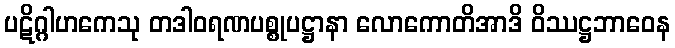
ပဋိဂ္ဂါဟကေသု တဒါဝရဏပစ္စုပဋ္ဌာနာ လောကောတိအာဒိ ဝိဿဋ္ဌဘာဝေန